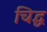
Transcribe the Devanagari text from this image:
चिद्ध